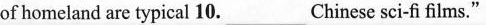
of homeland are typical 10. ___Chinese sci-fi films."